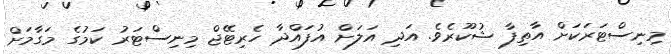
މިނިސްޓަރަކަށް އާތިފާ ޝުކޫރެވެ. އަދި އަލަށް އުފައްދާ ހެރިޓޭޖް މިނިސްޓަރު ކަމުގެ މަގާމަށް